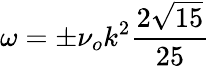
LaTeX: \omega=\pm\nu_{o}k^{2}\frac{2\sqrt{15}}{25}